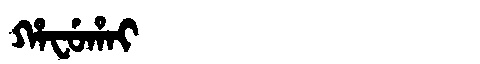
Manchu: ᡥᠠᠸᡠᡥᠠᡳ
Romanization: HAFUHAI